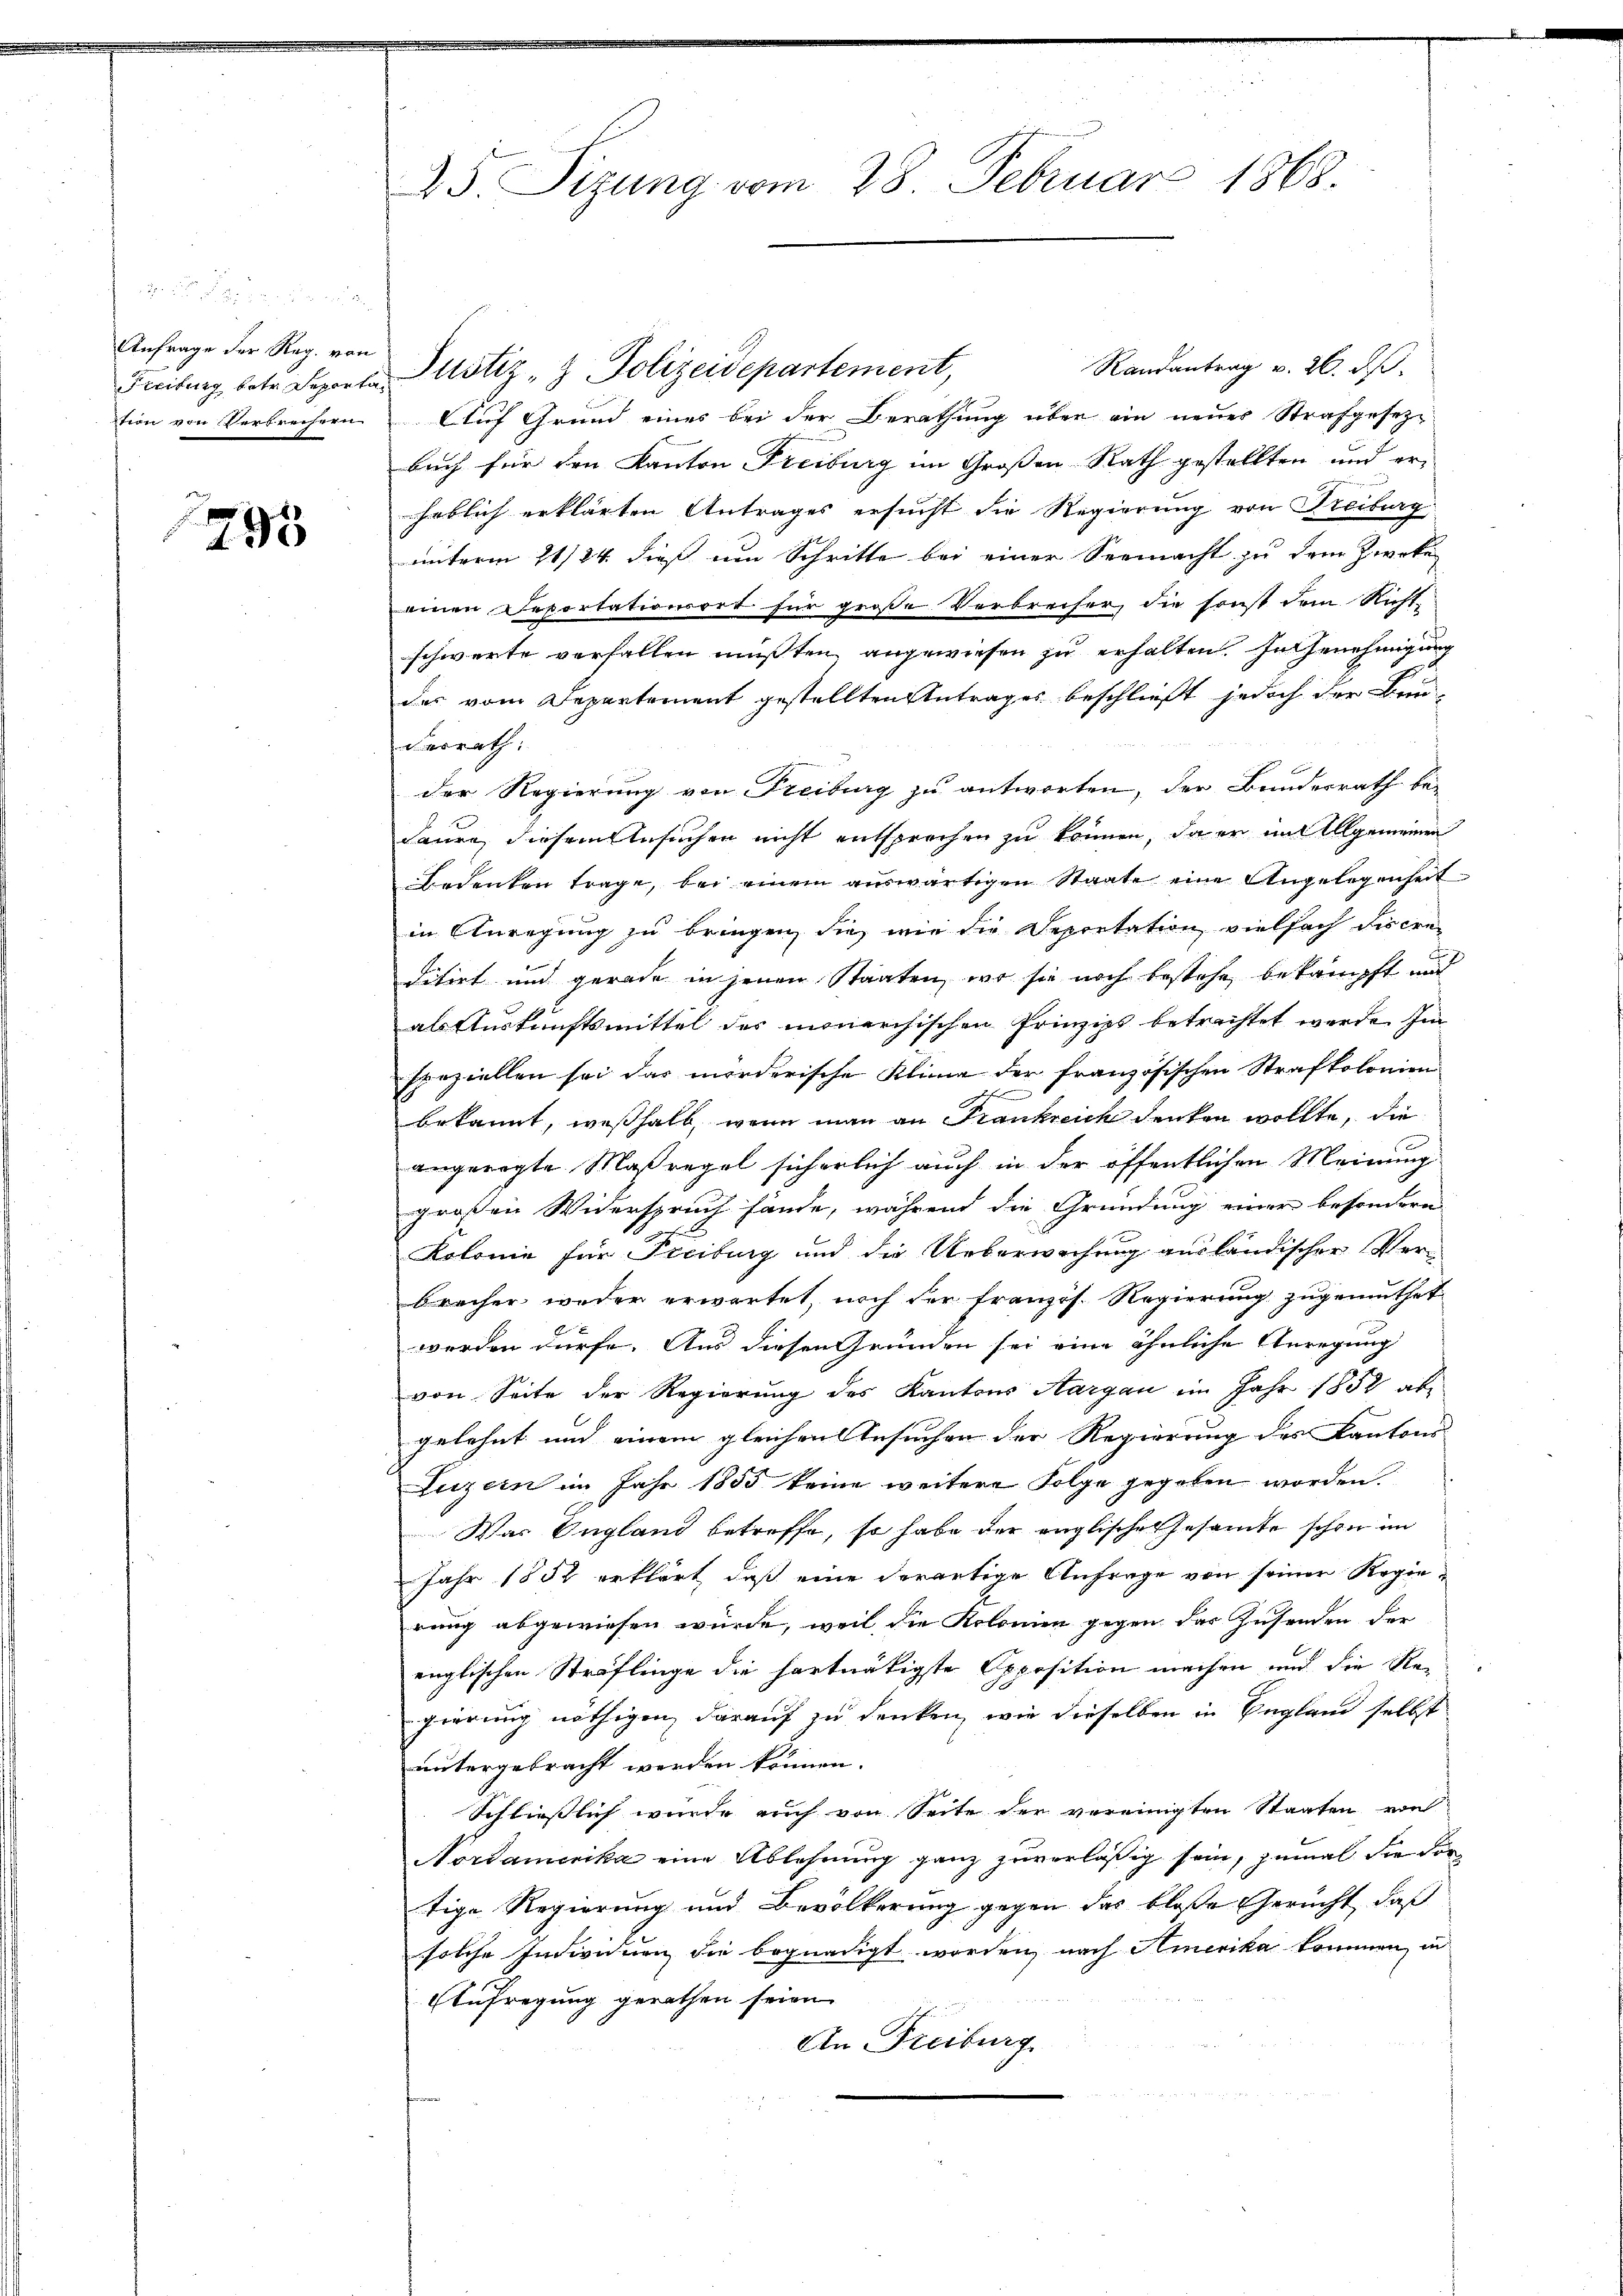
Anfrage der Reg. von

295

Randantrag v. 26. ds.
Freitung betr. Sporta Justiz- & Polizeidepartement,
tion von Verbrechern Auf Grund eines bei der Berathung über ein neues Strafgesezbuch für den Kanton Freiburg im Großen Rath gestellten und er
heblich erklärten Antrages ersucht die Regierung von Freiburg
unterm 21/24. dieß um Schritte bei einer Seemacht zu dem Zweke
einen Deportationsrat für große Verbrecher, die sonst dem Richt-
schwerte verfallen mußten angewiesen zu erhalten. In Genehmigung
des vom Departement gestellten Antrages beschließt jedoch der Bau-
desrath:
der Regierung von Freiburg zu antworten, der Bundesrath be-
daure, diesem Ansuchen nicht entsprochen zu können, da er mit Allgemeinen
Bedenken trage, bei einem auswärtigen Staate eine Angelegenheit
in Anregung zu bringen, die wie die Deportation vielfach Discre
ditirt und gerade in jenen Staaten, wo sie noch bestehe, bekämpft und
als Auskunftsmittel des monarchischen Prinzips betrachtet werde. Im
speziellen sei das mörderische Klima der französischen Strafkolonien
bekannt, weßhalb, wenn man an Frankreich denken wollte, die
angeregte Maßregel sicherlich auch in der öffentlichen Meinung
großen Widerspruch fände, während die Gründung einer besondern
Kolonie für Freiburg und die Ueberwachung ausländischer Verbracher weder erwartet, noch der französ. Regierung zugemuthet
werden dürfe. Aus diesen Gründen sei eine ähnliche Anregung
von Seite der Regierung des Kantons Aargau im Jahr 1852 abe
gelehnt und einem gleichen Ansuchen der Regierung des Kantons
Luzern im Jahr 1855 keine weitere Folge gegeben worden.
Das Ungland betreffe, so habe der englische Gesamte schon im
Jahr 1852 erklärt, daß eine derartige Anfrage von seiner Regierung abgewiesen würde, weil die Kolonien gegen das Zusenden der
englischen Sträflinge die hartnätigte Opposition machen und die Regierung nöthigen, darauf zu denken, wie dieselben in England selbst
untergebracht werden können.
Schließlich wurde auch von Seite der vereinigten Staaten von
Nordamerika eine Ablehnung ganz zuverläßig sein, zumal die dor
tige Regierung und Bevölkerung gegen das bloße Gerucht, daß
solche Individuen die begnadigt worden, nach Amerika kommen, in
Aufregung gerathen seien.
An Freiburg

25. Sizung vom 28. Februar 1868.